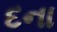
દના